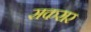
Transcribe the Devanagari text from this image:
सकरार